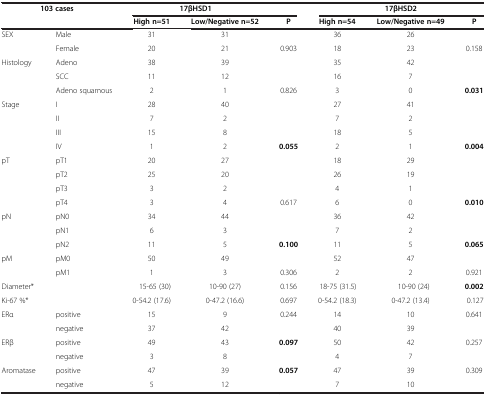
<table><thead><tr><td rowspan="2" colspan="2"><b>103 cases</b></td><td colspan="2"><b>17βHSD1</b></td><td><b> </b></td><td colspan="3"><b>17βHSD2</b></td></tr><tr><td><b>High n=51</b></td><td><b>Low/Negative n=52</b></td><td><b>P</b></td><td><b>High n=54</b></td><td><b>Low/Negative n=49</b></td><td><b>P</b></td></tr></thead><tbody><tr><td rowspan="2">SEX</td><td>Male</td><td>31</td><td>31</td><td> </td><td>36</td><td>26</td><td> </td></tr><tr><td>Female</td><td>20</td><td>21</td><td>0.903</td><td>18</td><td>23</td><td>0.158</td></tr><tr><td rowspan="3">Histology</td><td>Adeno</td><td>38</td><td>39</td><td> </td><td>35</td><td>42</td><td> </td></tr><tr><td>SCC</td><td>11</td><td>12</td><td> </td><td>16</td><td>7</td><td> </td></tr><tr><td>Adeno squamous</td><td>2</td><td>1</td><td>0.826</td><td>3</td><td>0</td><td><b>0.031</b></td></tr><tr><td rowspan="4">Stage</td><td>I</td><td>28</td><td>40</td><td> </td><td>27</td><td>41</td><td> </td></tr><tr><td>II</td><td>7</td><td>2</td><td> </td><td>7</td><td>2</td><td> </td></tr><tr><td>III</td><td>15</td><td>8</td><td> </td><td>18</td><td>5</td><td> </td></tr><tr><td>IV</td><td>1</td><td>2</td><td><b>0.055</b></td><td>2</td><td>1</td><td><b>0.004</b></td></tr><tr><td rowspan="4">pT</td><td>pT1</td><td>20</td><td>27</td><td> </td><td>18</td><td>29</td><td> </td></tr><tr><td>pT2</td><td>25</td><td>20</td><td> </td><td>26</td><td>19</td><td> </td></tr><tr><td>pT3</td><td>3</td><td>2</td><td> </td><td>4</td><td>1</td><td> </td></tr><tr><td>pT4</td><td>3</td><td>4</td><td>0.617</td><td>6</td><td>0</td><td><b>0.010</b></td></tr><tr><td rowspan="3">pN</td><td>pN0</td><td>34</td><td>44</td><td> </td><td>36</td><td>42</td><td> </td></tr><tr><td>pN1</td><td>6</td><td>3</td><td> </td><td>7</td><td>2</td><td> </td></tr><tr><td>pN2</td><td>11</td><td>5</td><td><b>0.100</b></td><td>11</td><td>5</td><td><b>0.065</b></td></tr><tr><td rowspan="2">pM</td><td>pM0</td><td>50</td><td>49</td><td> </td><td>52</td><td>47</td><td> </td></tr><tr><td>pM1</td><td>1</td><td>3</td><td>0.306</td><td>2</td><td>2</td><td>0.921</td></tr><tr><td>Diameter*</td><td> </td><td>15-65 (30)</td><td>10-90 (27)</td><td>0.156</td><td>18-75 (31.5)</td><td>10-90 (24)</td><td><b>0.002</b></td></tr><tr><td>Ki-67 %*</td><td> </td><td>0-54.2 (17.6)</td><td>0-47.2 (16.6)</td><td>0.697</td><td>0-54.2 (18.3)</td><td>0-47.2 (13.4)</td><td>0.127</td></tr><tr><td rowspan="2">ERα</td><td>positive</td><td>15</td><td>9</td><td>0.244</td><td>14</td><td>10</td><td>0.641</td></tr><tr><td>negative</td><td>37</td><td>42</td><td> </td><td>40</td><td>39</td><td> </td></tr><tr><td rowspan="2">ERβ</td><td>positive</td><td>49</td><td>43</td><td><b>0.097</b></td><td>50</td><td>42</td><td>0.257</td></tr><tr><td>negative</td><td>3</td><td>8</td><td> </td><td>4</td><td>7</td><td> </td></tr><tr><td>Aromatase</td><td>positive</td><td>47</td><td>39</td><td><b>0.057</b></td><td>47</td><td>39</td><td>0.309</td></tr><tr><td> </td><td>negative</td><td>5</td><td>12</td><td> </td><td>7</td><td>10</td><td> </td></tr></tbody></table>